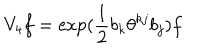
LaTeX: V _ { 4 } f = \exp ( \frac { 1 } { 2 } b _ { k } \theta ^ { k j } b _ { j } ) f